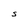
Character: S